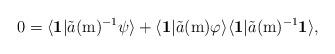
LaTeX: \begin{align*}0=\langle\mathbf{1}|\tilde{a}(\mathrm{m})^{-1}\psi\rangle+\langle\mathbf{1}|\tilde{a}(\mathrm{m})\varphi\rangle\langle\mathbf{1}|\tilde{a}(\mathrm{m})^{-1}\mathbf{1}\rangle,\end{align*}